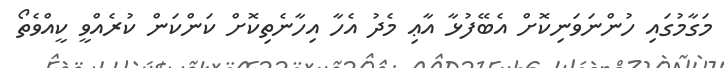
މަގާމުގައި ހުންނަވަނިކޮށް އެބޭފުޅާ އާޢި މެދު އެހާ އިހާނެތިކޮށް ކަންކަން ކުރެއްވީ ކީއްވެތޯ